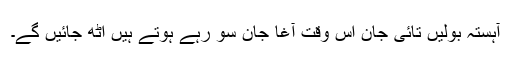
آہستہ بولیں تائی جان اس وقت آغا جان سو رہے ہوتے ہیں اٹھ جائیں گے۔